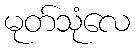
မုတ်သုံလေ